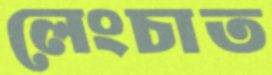
লেংচাত